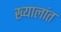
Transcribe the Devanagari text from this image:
ख्यालांत